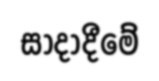
සාදාදීමේ